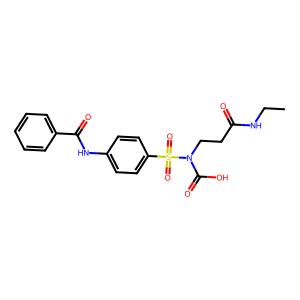
SMILES: CCNC(=O)CCN(C(=O)O)S(=O)(=O)c1ccc(NC(=O)c2ccccc2)cc1
Inhibits HIV replication: No